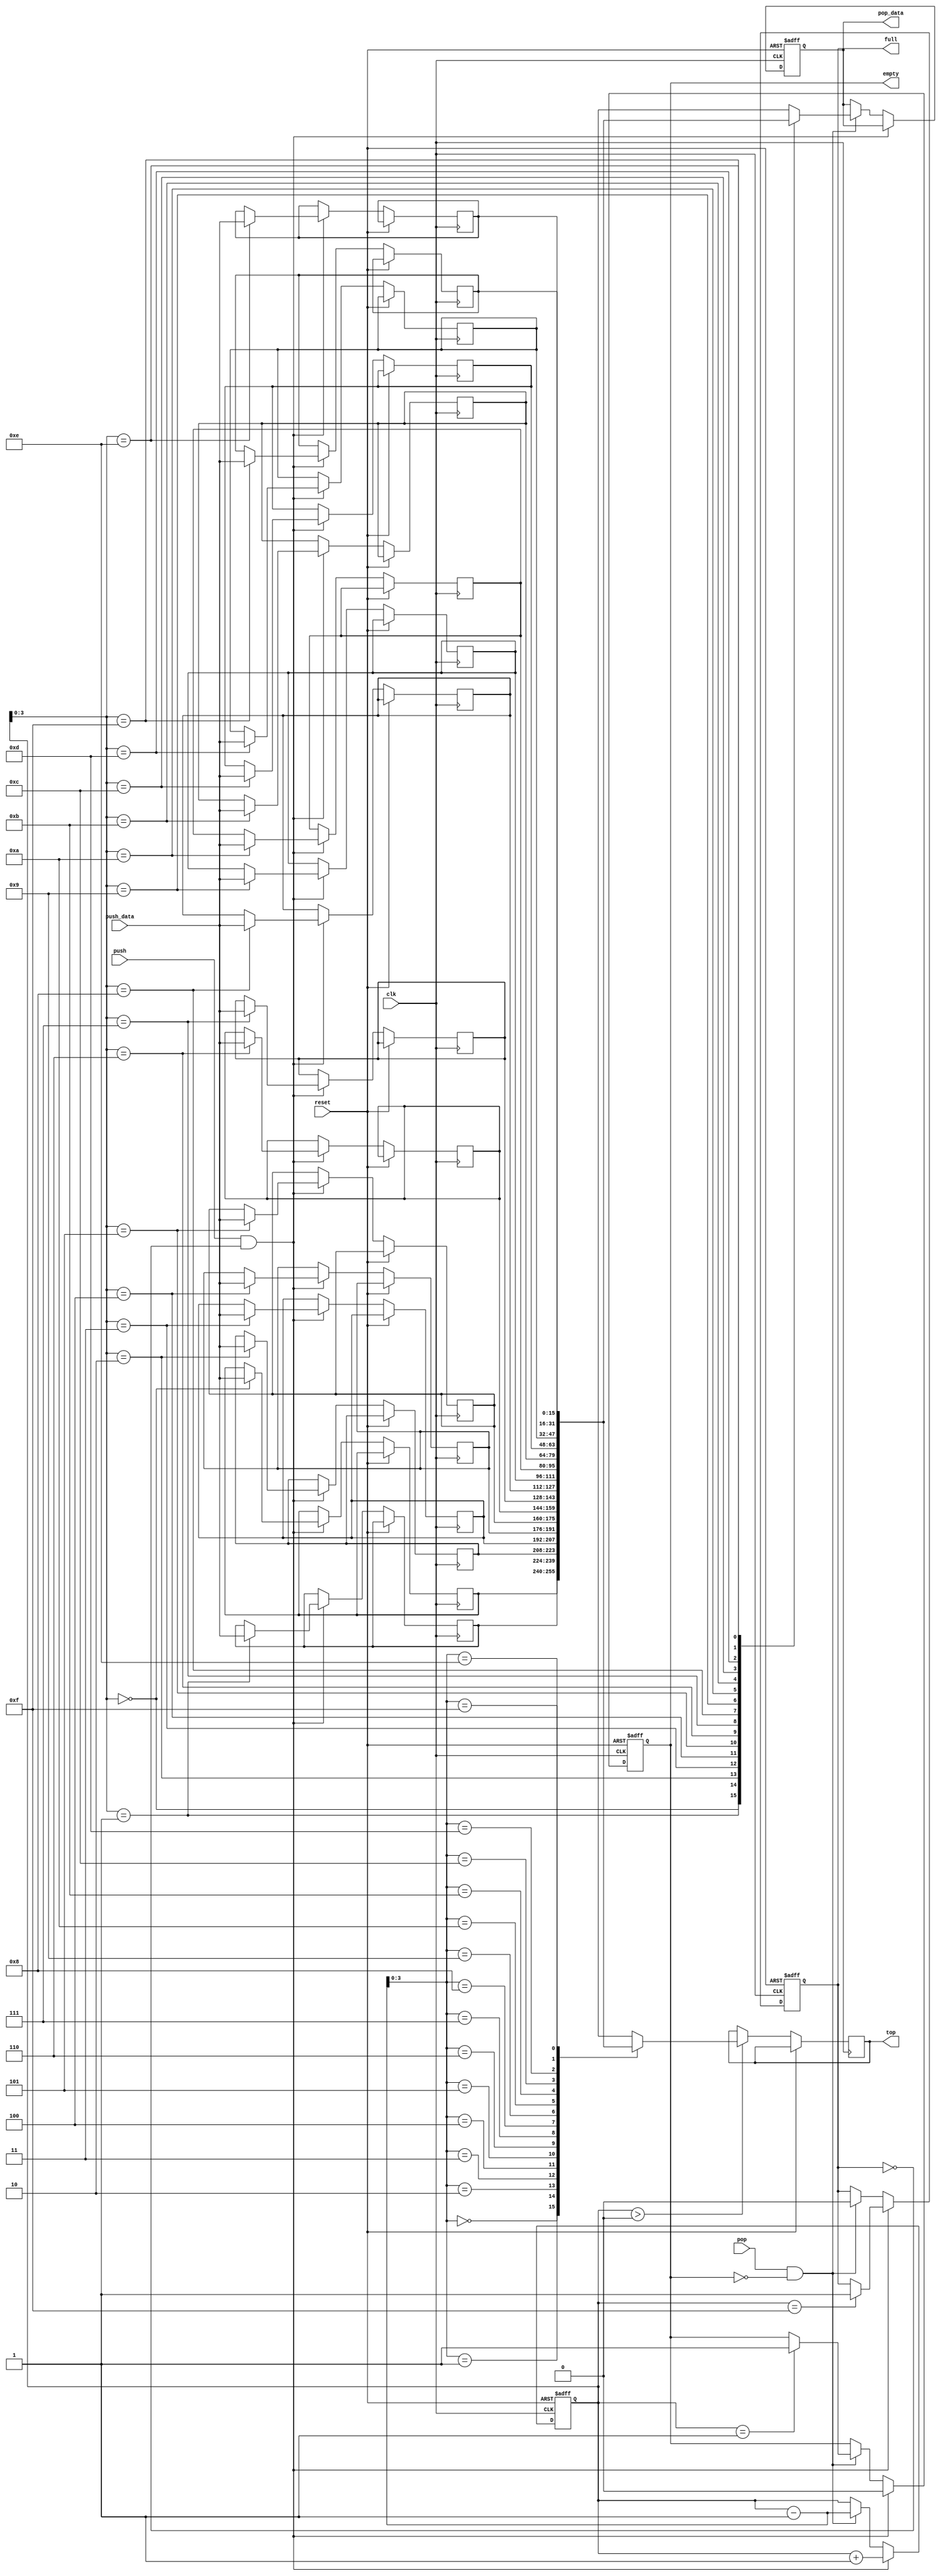
module Stack #(parameter N = 16, parameter STACK_SIZE = 16) (
    input clk,
    input reset,
    input push,
    input pop,
    input [N-1:0] push_data,
    output [N-1:0] pop_data,
    output reg [N-1:0] top,
    output reg empty,
    output reg full
);

    reg [N-1:0] stack_mem [0:STACK_SIZE-1];
    reg [4:0] sp; // Stack pointer
    reg [N-1:0] pop_data_reg;

    always @(posedge clk or posedge reset) begin
        if (reset) begin
            sp <= 0;
            empty <= 1;
            full <= 0;
            pop_data_reg <= 0;
        end else begin
            if (push && !full) begin
                stack_mem[sp] <= push_data;
                sp <= sp + 1;
                empty <= 0;
                if (sp == STACK_SIZE-1) full <= 1;
            end else if (pop && !empty) begin
                sp <= sp - 1;
                pop_data_reg <= stack_mem[sp];
                full <= 0;
                if (sp == 1) empty <= 1;
            end
            if (sp > 0)
                top <= stack_mem[sp-1];
        end
    end

    assign pop_data = pop_data_reg;

    // Task to print stack contents
    task print_stack;
        integer i;
        begin
            $display("Stack contents at time %0t:", $time);
            for (i = 0; i < sp; i = i + 1) begin
                $display("stack_mem[%0d] = %0d", i, stack_mem[i]);
            end
        end
    endtask

endmodule